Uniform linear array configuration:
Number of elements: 4
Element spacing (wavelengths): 0.5
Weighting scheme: hamming
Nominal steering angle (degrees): -60
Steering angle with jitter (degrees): -61.759
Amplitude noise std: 0.05
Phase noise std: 0.05

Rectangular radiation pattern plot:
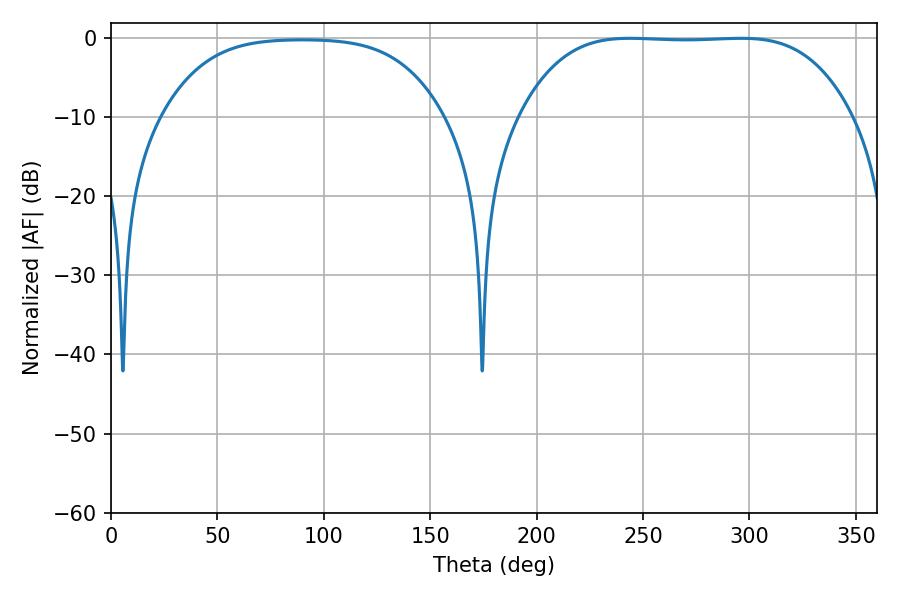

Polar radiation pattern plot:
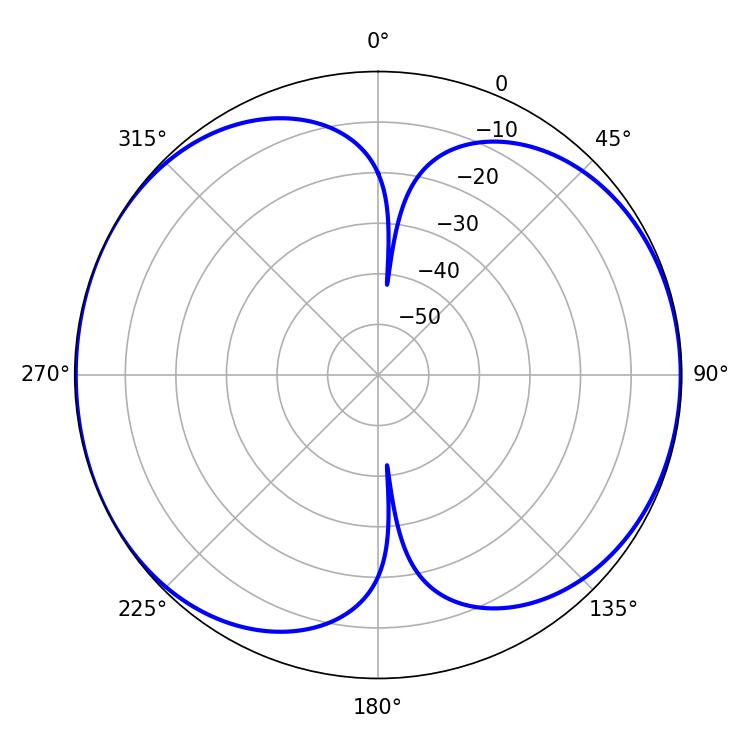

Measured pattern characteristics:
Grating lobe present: FALSE
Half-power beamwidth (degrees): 119.88
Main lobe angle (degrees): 243.9